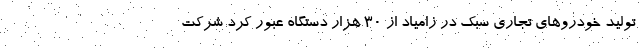
تولید خودروهاي تجاري سبک در زامیاد از ۳۰ هزار دستگاه عبور کرد شرکت